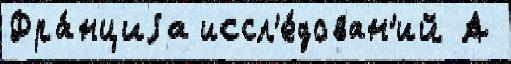
Фра́нциjа иссл'е́дован'ий А